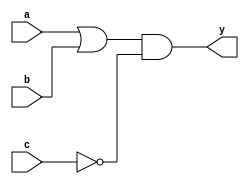
`timescale 1ns / 1ps
//////////////////////////////////////////////////////////////////////////////////
// Company: 
// Engineer: 
// 
// Design Name: 
// Module Name: fun
// Project Name: 
// Target Devices: 
// Tool Versions: 
// Description: 
// 
// Dependencies: 
// 
// Revision:
// Revision 0.01 - File Created
// Additional Comments:
// 
//////////////////////////////////////////////////////////////////////////////////


module fun(
    input a,
    input b,
    input c,
    output reg y
    );
    
    wire N1;
    
    assign N1 = a | b;
    always@(N1 or c) y = N1 & ~ c;
    
endmodule